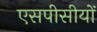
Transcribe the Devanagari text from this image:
एसपीसीयों